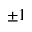
\pm 1